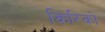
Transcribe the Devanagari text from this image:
किरिको